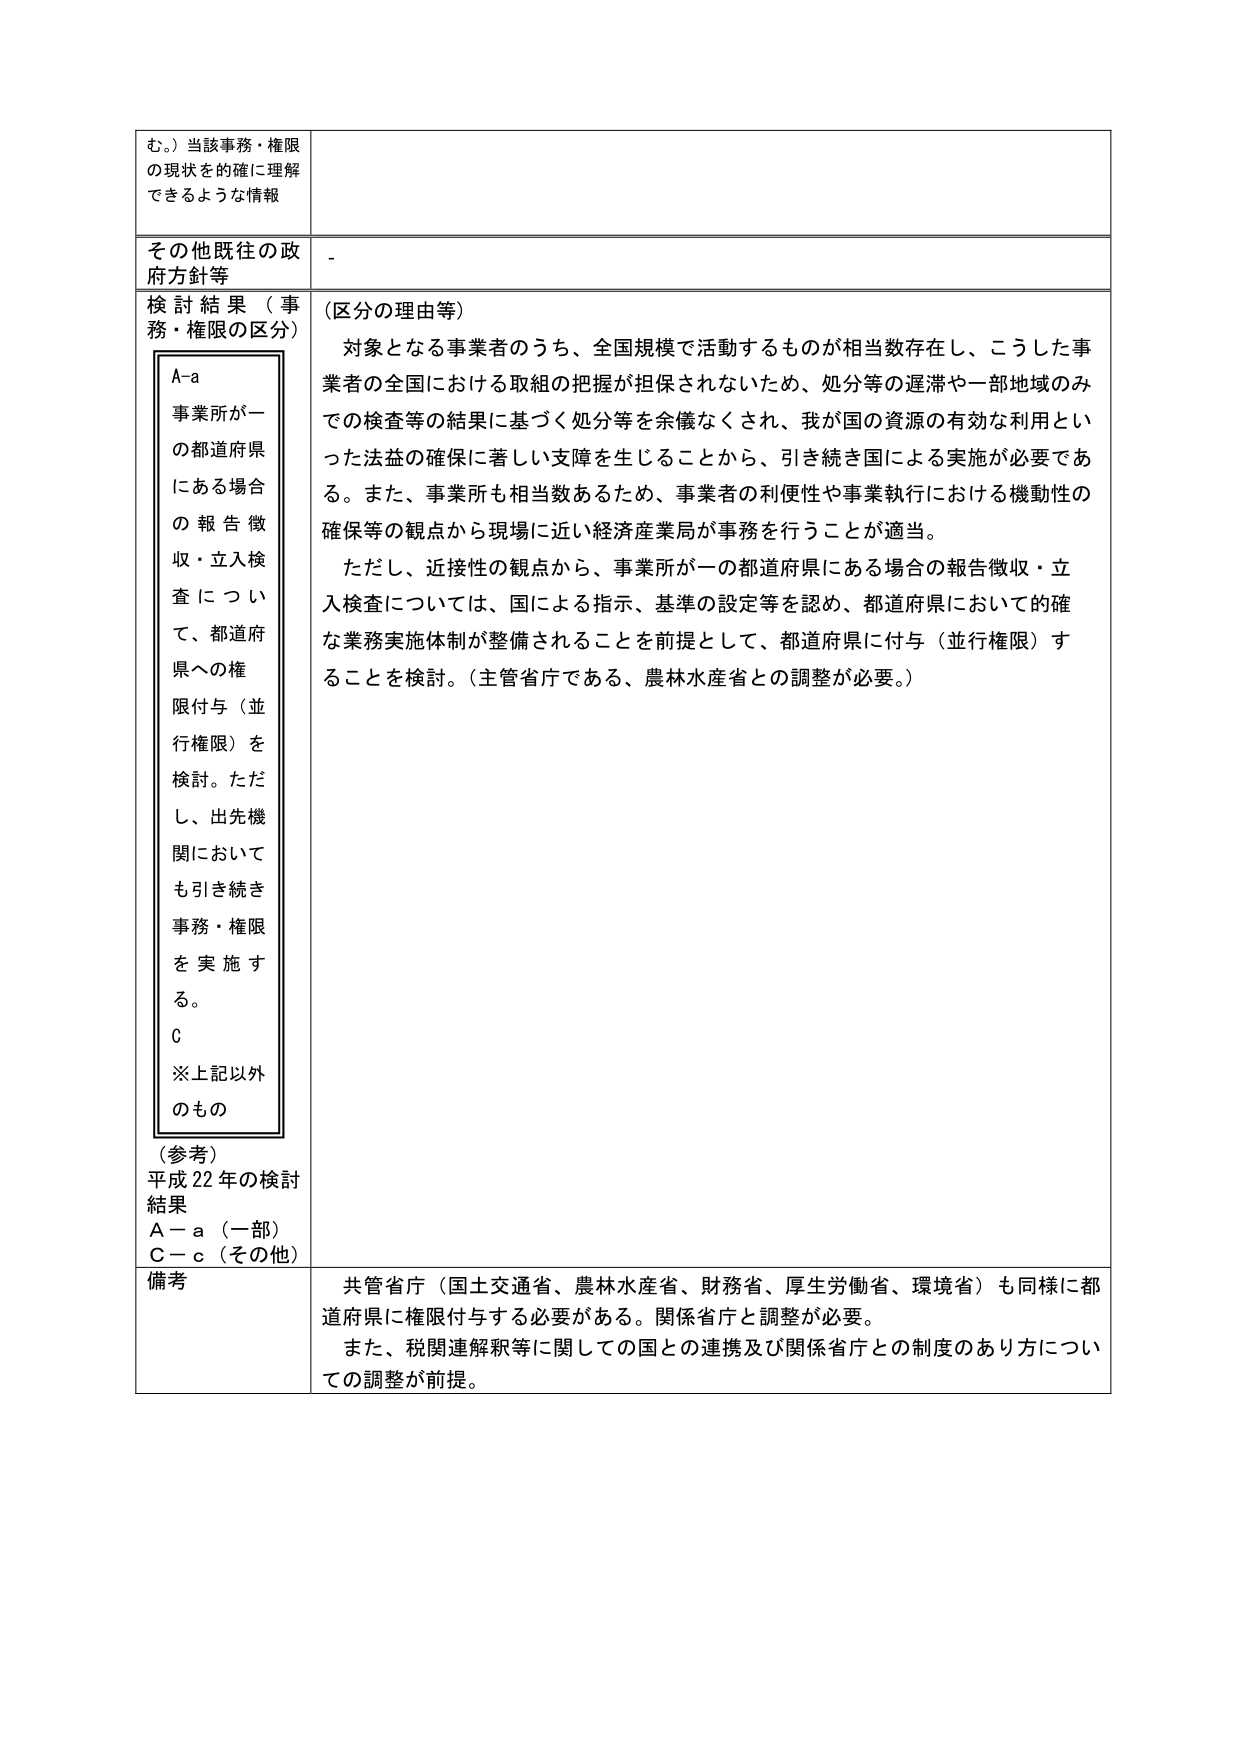
む。）当該事務・権限
の現状を的確に理解
できるような情報

その他既往の政府方針等
-

検討結果（事務・権限の区分）
A-a
事業所が一の都道府県にある場合の報告徴収・立入検査について、都道府県への権限付与（並行権限）を検討。ただし、出先機関においても引き続き事務・権限を実施する。
C
※上記以外のもの

（参考）
平成22年の検討結果
A－a（一部）
C－c（その他）

（区分の理由等）
対象となる事業者のうち、全国規模で活動するものが相当数存在し、こうした事業者の全国における取組の把握が担保されないため、処分等の遅滞や一部地域のみでの検査等の結果に基づく処分等を余儀なくされ、我が国の資源の有効な利用といった法益の確保に著しい支障を生じることから、引き続き国による実施が必要である。また、事業所も相当数あるため、事業者の利便性や事業執行における機動性の確保等の観点から現場に近い経済産業局が事務を行うことが適当。
ただし、近接性の観点から、事業所が一の都道府県にある場合の報告徴収・立入検査については、国による指示、基準の設定等を認め、都道府県において的確な業務実施体制が整備されることを前提として、都道府県に付与（並行権限）することを検討。（主管省庁である、農林水産省との調整が必要。）

備考
共管省庁（国土交通省、農林水産省、財務省、厚生労働省、環境省）も同様に都道府県に権限付与する必要がある。関係省庁と調整が必要。
また、税関連解釈等に関しての国との連携及び関係省庁との制度のあり方についての調整が前提。